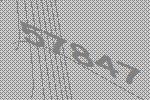
57847